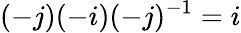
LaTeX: (-j)(-i)(-j)^{-1}=i